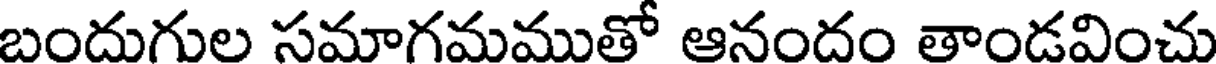
బందుగుల సమాగమముతో ఆనందం తాండవించు